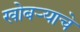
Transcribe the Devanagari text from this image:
खोबऱ्याचे